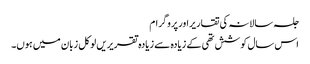
جلسہ سالانہ کی تقاریراور پروگرام
اس سال کوشش تھی کے زیادہ سے زیادہ تقریریں لوکل زبان میں ہوں۔